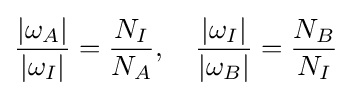
{\frac {|\omega _{A}|}{|\omega _{I}|}}={\frac {N_{I}}{N_{A}}},\quad {\frac {|\omega _{I}|}{|\omega _{B}|}}={\frac {N_{B}}{N_{I}}}